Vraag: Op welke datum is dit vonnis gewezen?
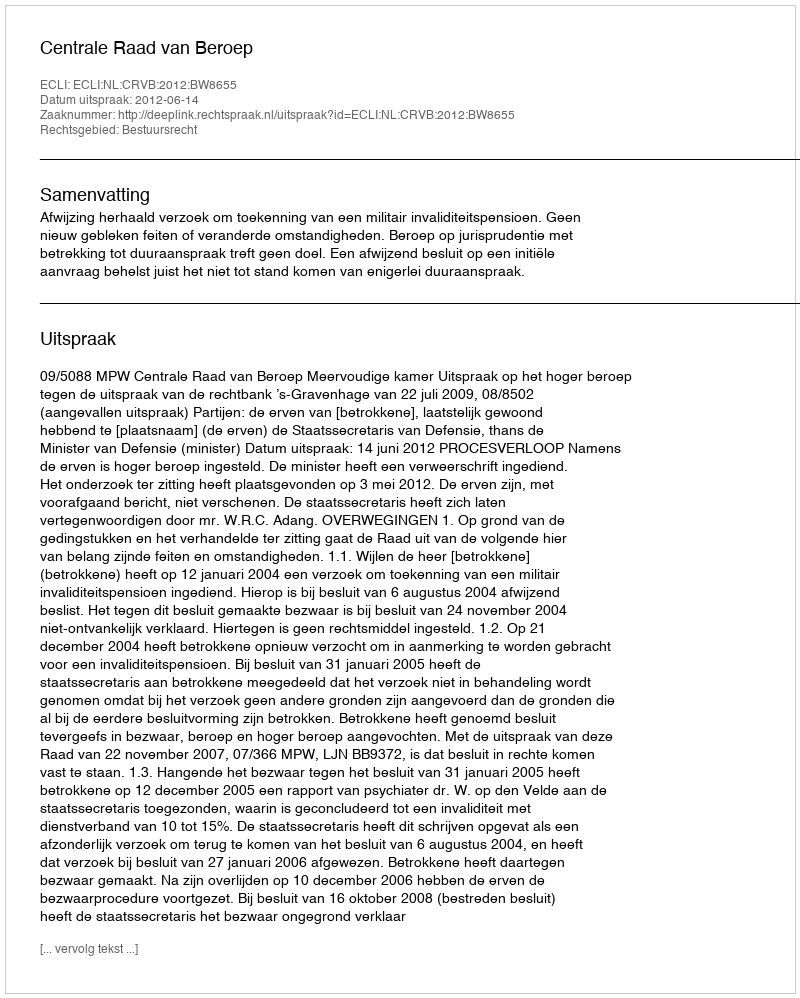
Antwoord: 2012-06-14